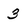
Character: 3